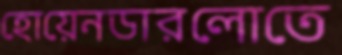
হোয়েনডারলোতে